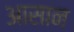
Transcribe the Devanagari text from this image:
अासान